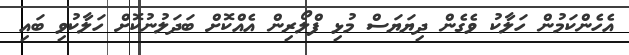
އެހެންކަމުން ހަލާކު ވެގެން ދިޔަޔަސް މުޅި ފްލޯރިން އެއްކޮށް ބަދަލުނުކޮށް ހަލާކުވި ބައި